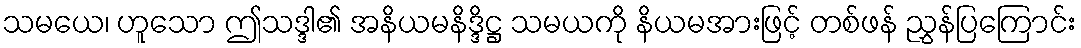
သမယေ၊ ဟူသော ဤသဒ္ဒါ၏ အနိယမနိဒ္ဒိဋ္ဌ သမယကို နိယမအားဖြင့် တစ်ဖန် ညွှန်ပြကြောင်း